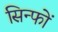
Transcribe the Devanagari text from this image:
सिन्फों